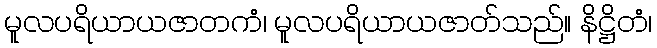
မူလပရိယာယဇာတကံ၊ မူလပရိယာယဇာတ်သည်။ နိဋ္ဌိတံ၊